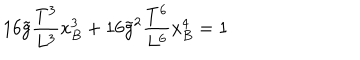
LaTeX: 1 6 \tilde { g } \frac { T ^ { 3 } } { L ^ { 3 } } x _ { B } ^ { 3 } + 1 6 \tilde { g } ^ { 2 } \frac { T ^ { 6 } } { L ^ { 6 } } x _ { B } ^ { 4 } = 1